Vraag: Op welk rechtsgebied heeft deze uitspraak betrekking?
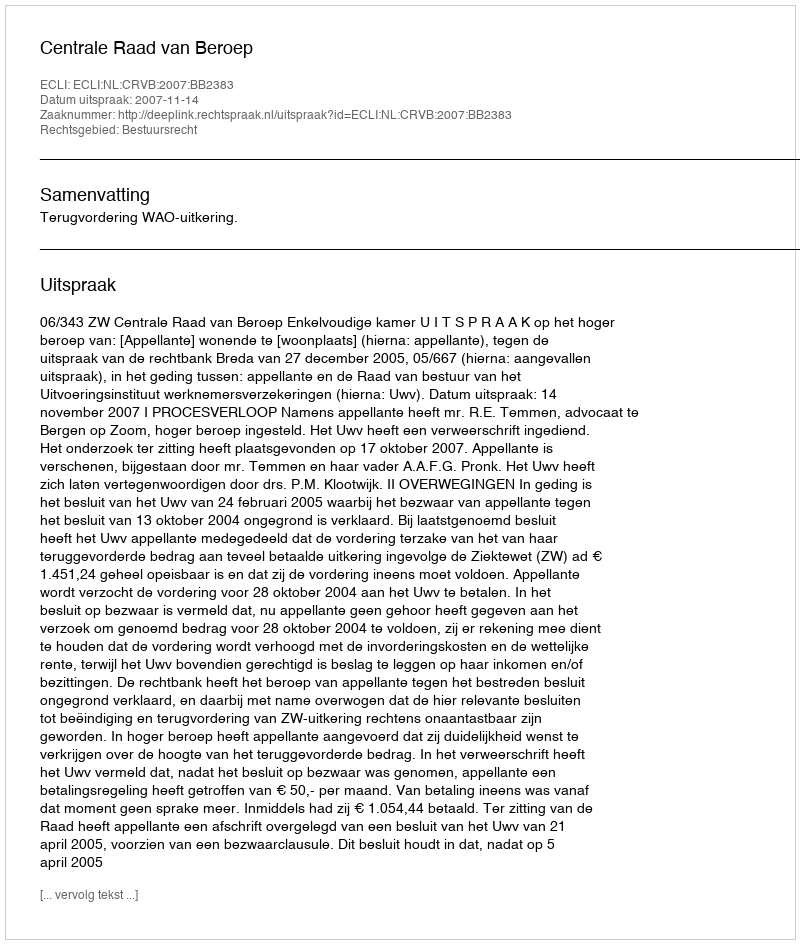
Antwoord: Bestuursrecht